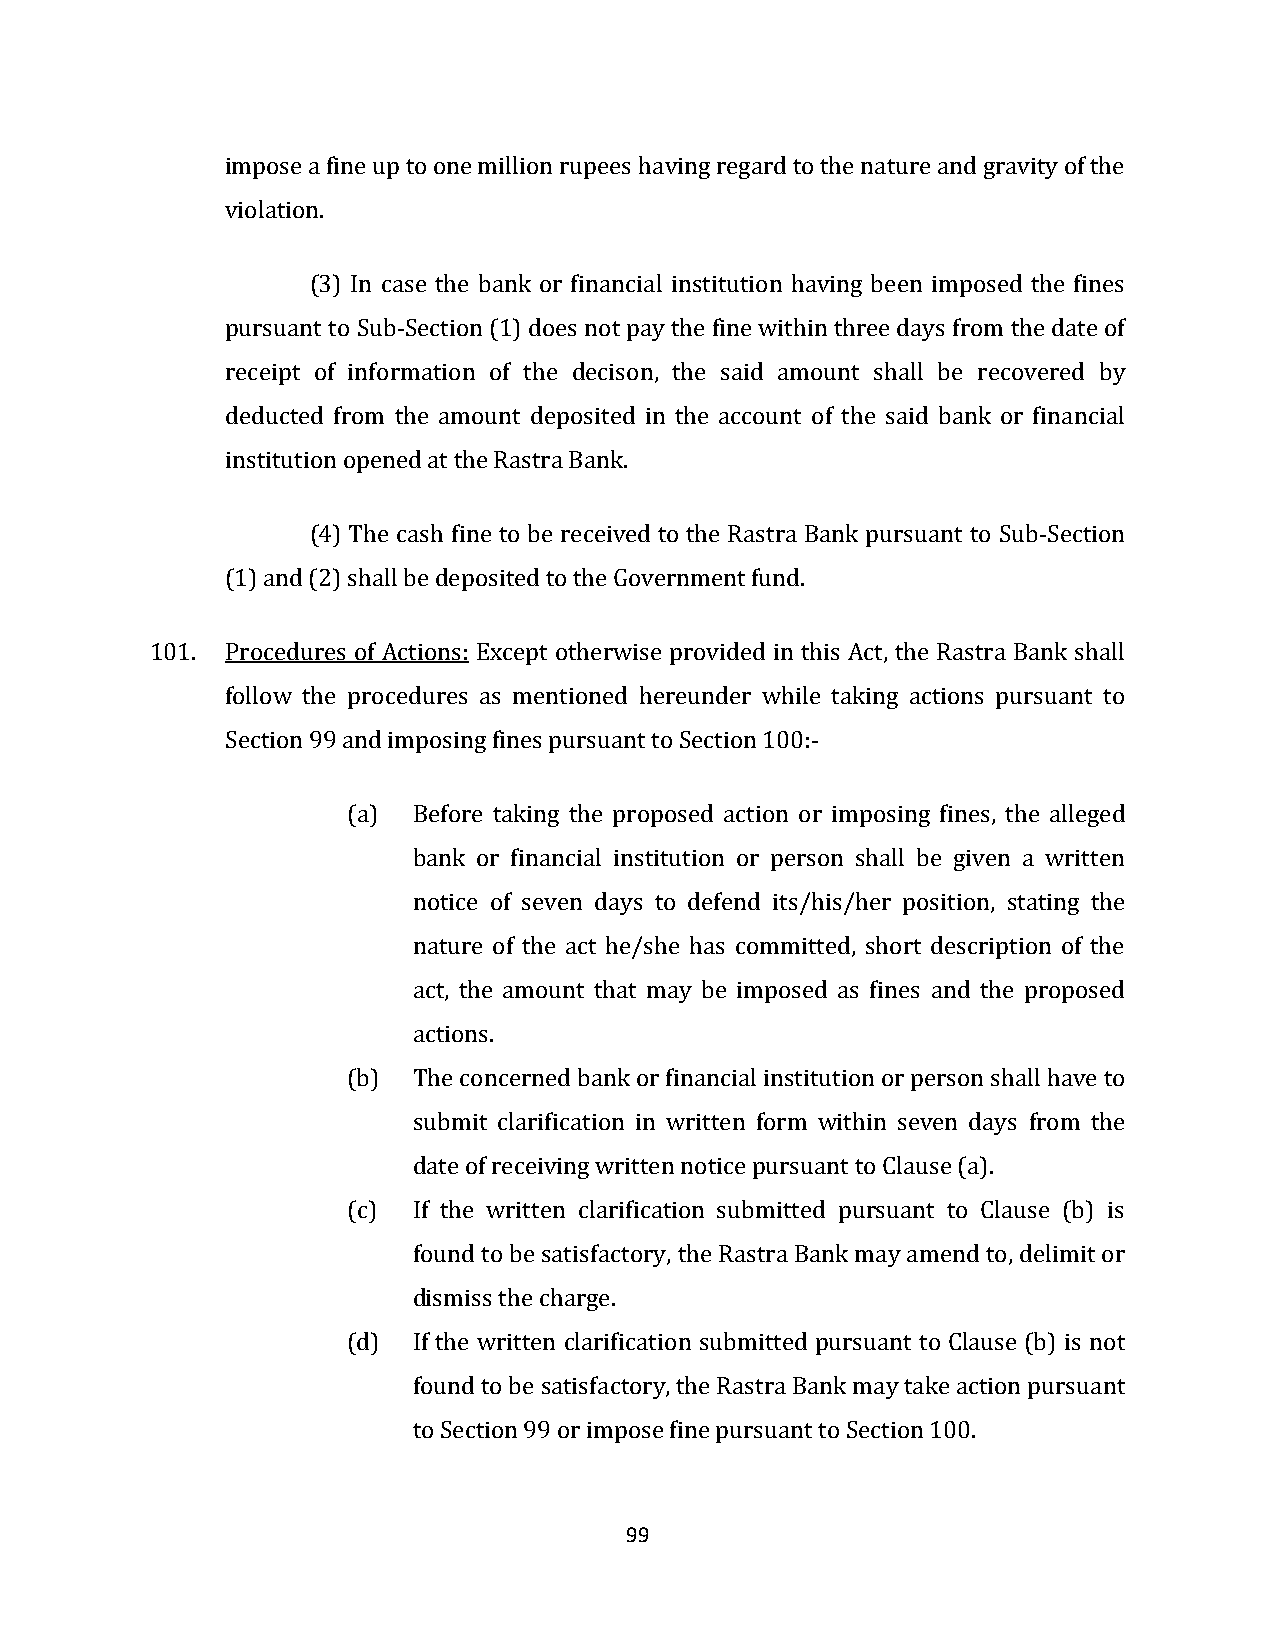
impose a fine up to one million rupees having regard to the nature and gravity of the
 violation.
 (3) In case the bank or financial institution having been imposed the fines
 pursuant to Sub-Section (1) does not pay the fine within three days from the date of
 receipt of information of the decison, the said amount shall be recovered by
 deducted from the amount deposited in the account of the said bank or financial
 institution opened at the Rastra Bank.
 (4) The cash fine to be received to the Rastra Bank pursuant to Sub-Section
 (1) and (2) shall be deposited to the Government fund.
 101. Procedures of Actions: Except otherwise provided in this Act, the Rastra Bank shall
 follow the procedures as mentioned hereunder while taking actions pursuant to
 Section 99 and imposing fines pursuant to Section 100:-
 (a) Before taking the proposed action or imposing fines, the alleged
 bank or financial institution or person shall be given a written
 notice of seven days to defend its/his/her position, stating the
 nature of the act he/she has committed, short description of the
 act, the amount that may be imposed as fines and the proposed
 actions.
 (b) The concerned bank or financial institution or person shall have to
 submit clarification in written form within seven days from the
 date of receiving written notice pursuant to Clause (a).
 (c) If the written clarification submitted pursuant to Clause (b) is
 found to be satisfactory, the Rastra Bank may amend to, delimit or
 dismiss the charge.
 (d) If the written clarification submitted pursuant to Clause (b) is not
 found to be satisfactory, the Rastra Bank may take action pursuant
 to Section 99 or impose fine pursuant to Section 100.
 99